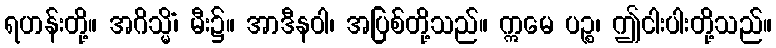
ရဟန်းတို့။ အဂိသ္မိံ၊ မီး၌။ အာဒီနဝါ၊ အပြစ်တို့သည်။ ဣမေ ပဉ္စ၊ ဤငါးပါးတို့သည်။